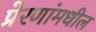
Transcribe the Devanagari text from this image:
प्रेरणांमधील